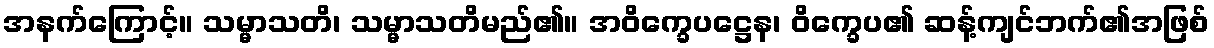
အနက်ကြောင့်။ သမ္မာသတိ၊ သမ္မာသတိမည်၏။ အဝိက္ခေပဋ္ဌေန၊ ဝိက္ခေပ၏ ဆန့်ကျင်ဘက်၏အဖြစ်